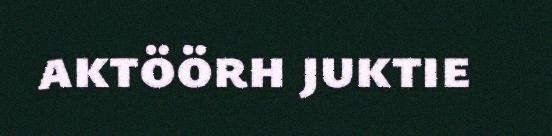
aktöörh juktie